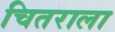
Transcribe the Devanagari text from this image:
चितराला